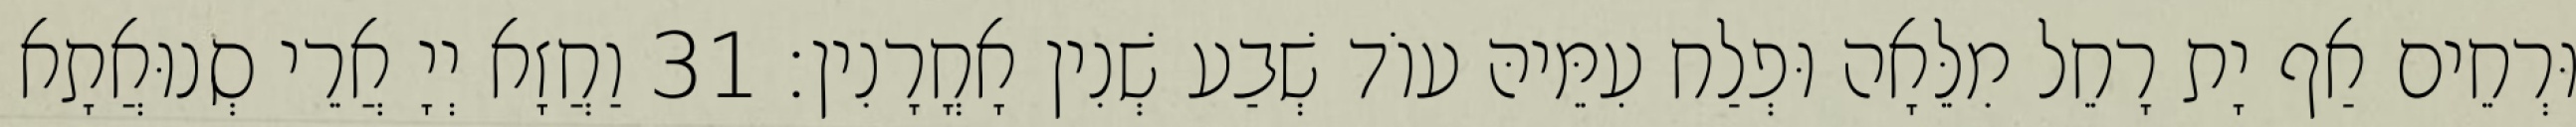
וּרְחֵים אַף יָת רָחֵל מִלֵּאָה וּפְלַח עִמֵּיהּ עוֹד שְׁבַע שְׁנִין אָחֳרָנִין׃ 31 וַחֲזָא יְיָ אֲרֵי סְנוּאֲתָא